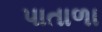
પાતાળા